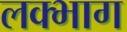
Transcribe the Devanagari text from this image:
लक्भाग